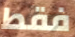
فقط